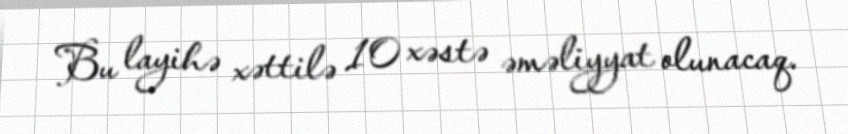
Bu layihə xəttilə 10 xəstə əməliyyat olunacaq.